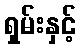
ရှမ်းနှင့်